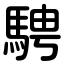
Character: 騁